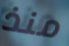
منذ